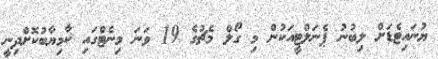
ޔުނައިޓެޑަށް ލިބުނު ޕެނަލްޓީއަކުން މި ގޯލް މެޗުގެ 19 ވަނަ މިނެޓްގައި ކާމިޔާބުކޮށްދިނީ